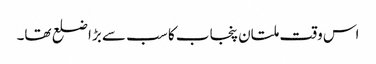
اس وقت ملتان پنجاب کا سب سے بڑا ضلع تھا۔